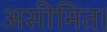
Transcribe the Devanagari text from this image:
असीमित।